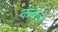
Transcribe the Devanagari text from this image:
कबज़